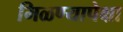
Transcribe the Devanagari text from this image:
मिळण्यापेक्षा